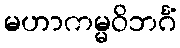
မဟာကမ္မဝိဘင်္ဂံ